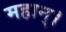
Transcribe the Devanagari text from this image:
महान्‌।